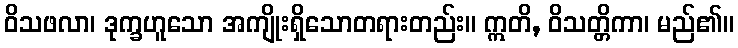
ဝိသဖလာ၊ ဒုက္ခဟူသော အကျိုးရှိသောတရားတည်း။ ဣတိ, ဝိသတ္တိကာ၊ မည်၏။